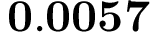
\mathbf { 0 . 0 0 5 7 }